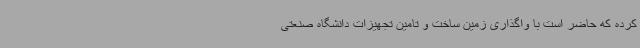
کرده که حاضر است با واگذاری زمین ساخت و تامین تجهیزات دانشگاه صنعتی